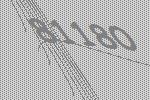
81180